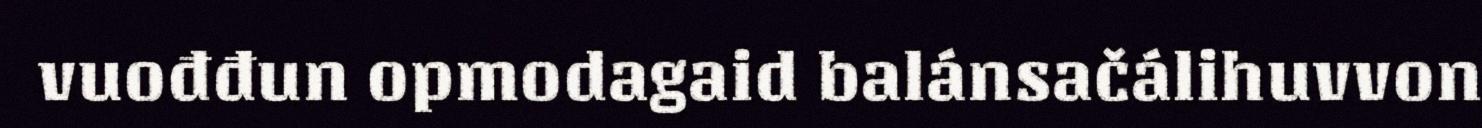
vuođđun opmodagaid balánsačálihuvvon